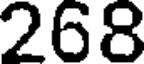
268